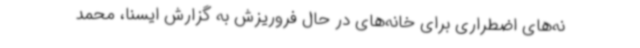
نه‌های اضطراری برای خانه‌های در حال فروریزش به گزارش ایسنا، محمد